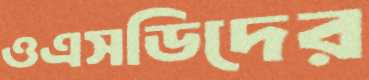
ওএসডিদের